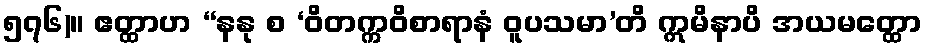
၅၇၆)။ ဧတ္ထာဟ “နနု စ ‘ဝိတက္ကဝိစာရာနံ ဝူပသမာ’တိ ဣမိနာပိ အယမတ္ထော